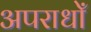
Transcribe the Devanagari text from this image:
अपराधोँ